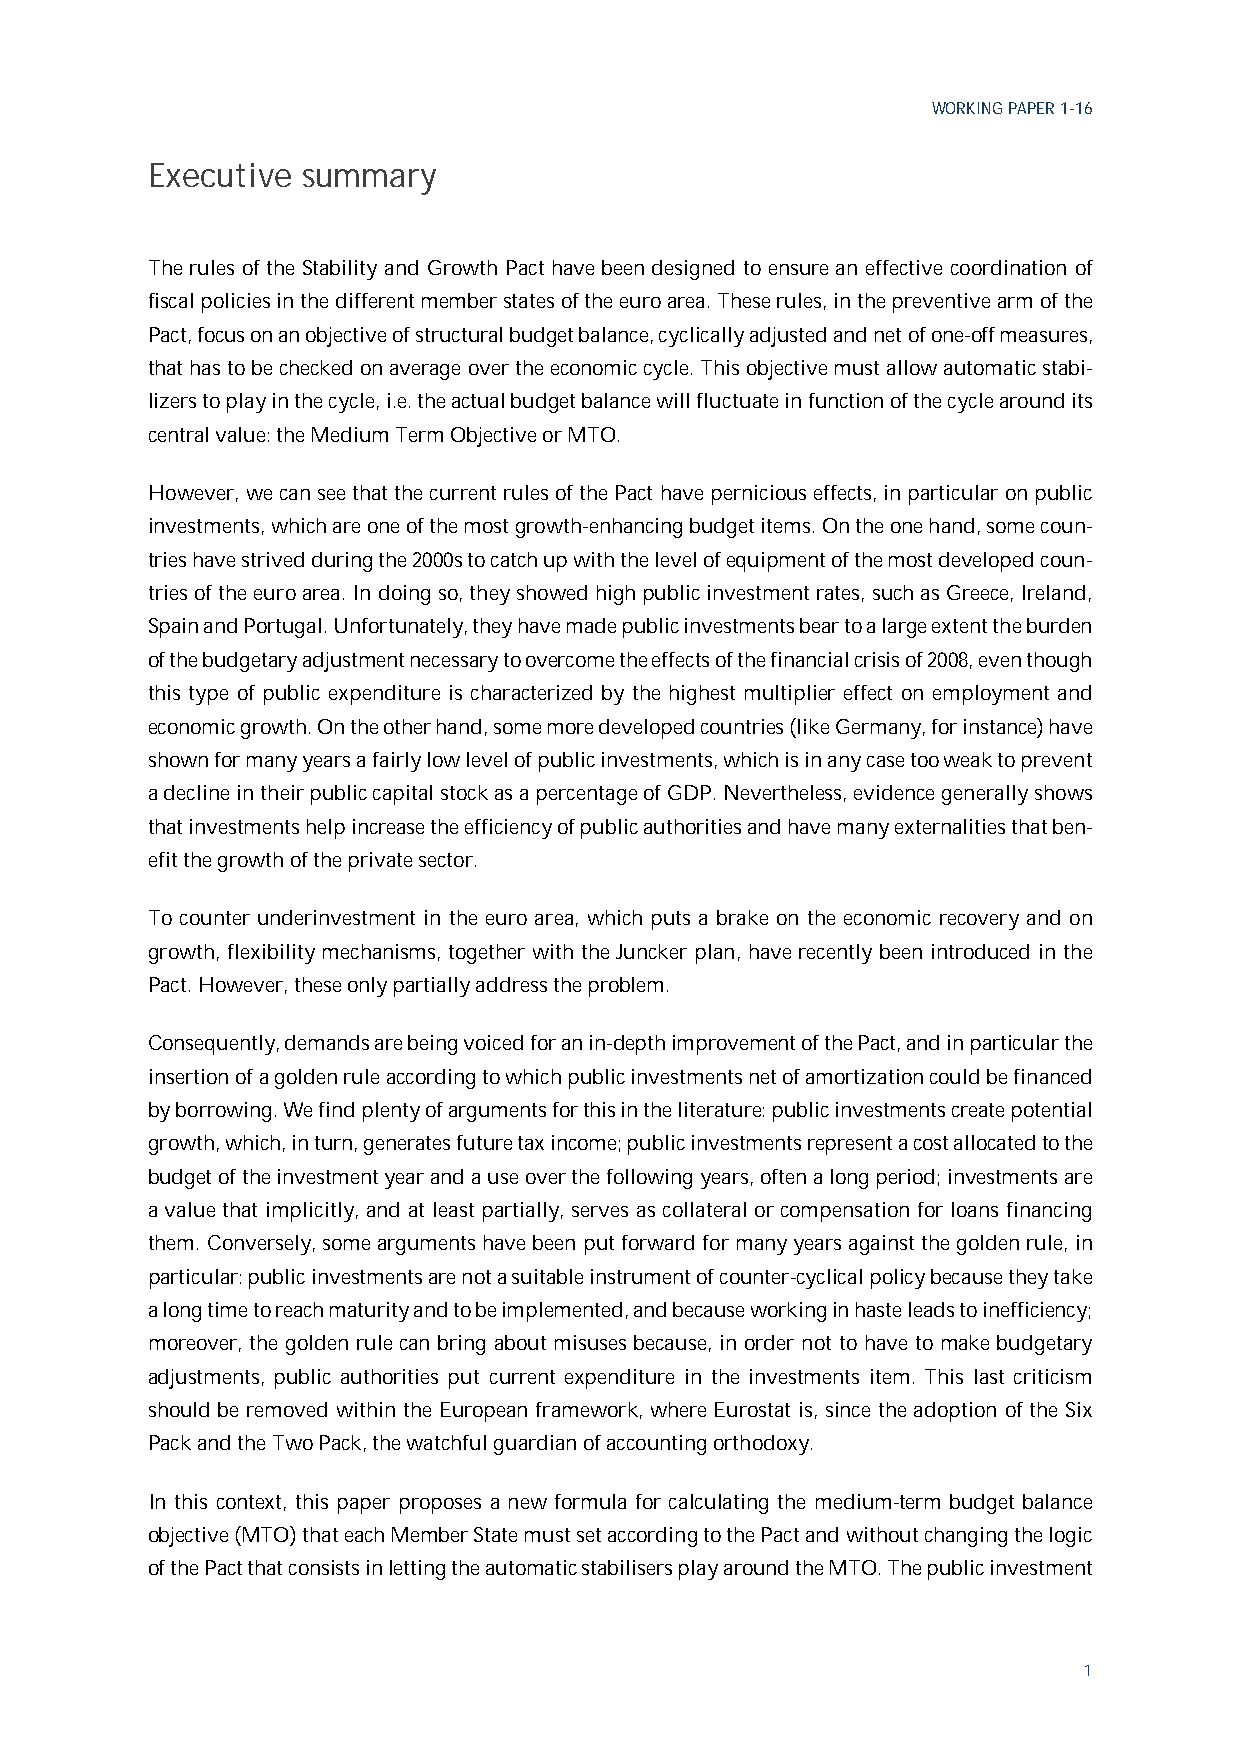
WORKING PAPER 1-16
 Executive summary
 The rules of the Stability and Growth Pact have been designed to ensure an effective coordination of
 fiscal policies in the different member states of the euro area. These rules, in the preventive arm of the
 Pact, focus on an objective of structural budget balance, cyclically adjusted and net of one-off measures,
 that has to be checked on average over the economic cycle. This objective must allow automatic stabi-
 lizers to play in the cycle, i.e. the actual budget balance will fluctuate in function of the cycle around its
 central value: the Medium Term Objective or MTO.
 However, we can see that the current rules of the Pact have pernicious effects, in particular on public
 investments, which are one of the most growth-enhancing budget items. On the one hand, some coun-
 tries have strived during the 2000s to catch up with the level of equipment of the most developed coun-
 tries of the euro area. In doing so, they showed high public investment rates, such as Greece, Ireland,
 Spain and Portugal. Unfortunately, they have made public investments bear to a large extent the burden
 of the budgetary adjustment necessary to overcome the effects of the financial crisis of 2008, even though
 this type of public expenditure is characterized by the highest multiplier effect on employment and
 economic growth. On the other hand, some more developed countries (like Germany, for instance) have
 shown for many years a fairly low level of public investments, which is in any case too weak to prevent
 a decline in their public capital stock as a percentage of GDP. Nevertheless, evidence generally shows
 that investments help increase the efficiency of public authorities and have many externalities that ben-
 efit the growth of the private sector.
 To counter underinvestment in the euro area, which puts a brake on the economic recovery and on
 growth, flexibility mechanisms, together with the Juncker plan, have recently been introduced in the
 Pact. However, these only partially address the problem.
 Consequently, demands are being voiced for an in-depth improvement of the Pact, and in particular the
 insertion of a golden rule according to which public investments net of amortization could be financed
 by borrowing. We find plenty of arguments for this in the literature: public investments create potential
 growth, which, in turn, generates future tax income; public investments represent a cost allocated to the
 budget of the investment year and a use over the following years, often a long period; investments are
 a value that implicitly, and at least partially, serves as collateral or compensation for loans financing
 them. Conversely, some arguments have been put forward for many years against the golden rule, in
 particular: public investments are not a suitable instrument of counter-cyclical policy because they take
 a long time to reach maturity and to be implemented, and because working in haste leads to inefficiency;
 moreover, the golden rule can bring about misuses because, in order not to have to make budgetary
 adjustments, public authorities put current expenditure in the investments item. This last criticism
 should be removed within the European framework, where Eurostat is, since the adoption of the Six
 Pack and the Two Pack, the watchful guardian of accounting orthodoxy.
 In this context, this paper proposes a new formula for calculating the medium-term budget balance
 objective (MTO) that each Member State must set according to the Pact and without changing the logic
 of the Pact that consists in letting the automatic stabilisers play around the MTO. The public investment
 1